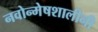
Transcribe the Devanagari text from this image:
नवोन्मेषशालीनी